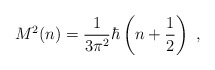
\begin{align*}M^{2}(n) = \frac{1}{3 \pi^{2}} \hbar \left( n +\frac{1}{2} \right) ~,\end{align*}